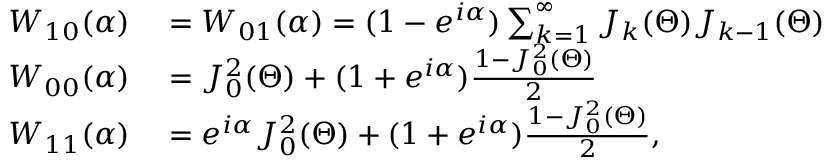
\begin{array} { r l } { W _ { 1 0 } ( \alpha ) } & { { } = W _ { 0 1 } ( \alpha ) = ( 1 - e ^ { i \alpha } ) \sum _ { k = 1 } ^ { \infty } J _ { k } ( \Theta ) J _ { k - 1 } ( \Theta ) } \\ { W _ { 0 0 } ( \alpha ) } & { { } = J _ { 0 } ^ { 2 } ( \Theta ) + ( 1 + e ^ { i \alpha } ) \frac { 1 - J _ { 0 } ^ { 2 } ( \Theta ) } { 2 } } \\ { W _ { 1 1 } ( \alpha ) } & { { } = e ^ { i \alpha } J _ { 0 } ^ { 2 } ( \Theta ) + ( 1 + e ^ { i \alpha } ) \frac { 1 - J _ { 0 } ^ { 2 } ( \Theta ) } { 2 } , } \end{array}